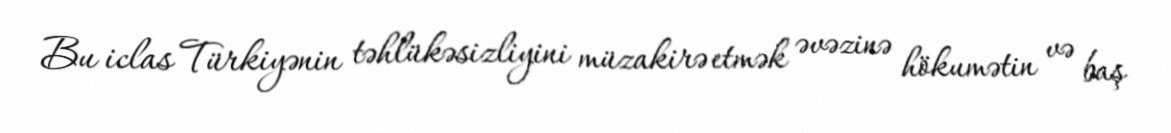
Bu iclas Türkiyənin təhlükəsizliyini müzakirə etmək əvəzinə hökumətin və baş